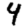
Digit: 4